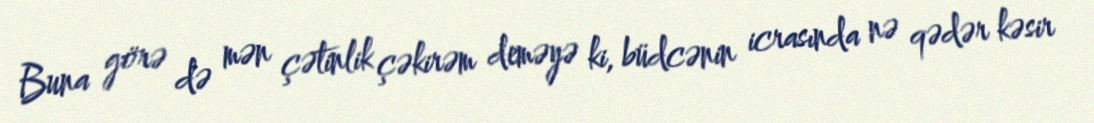
Buna görə də mən çətinlik çəkirəm deməyə ki, büdcənin icrasında nə qədər kəsir